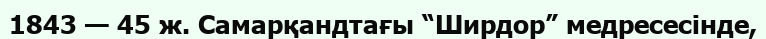
1843 — 45 ж. Самарқандтағы “Ширдор” медресесінде,